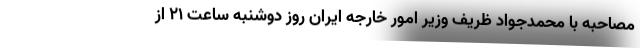
مصاحبه با محمدجواد ظریف وزیر امور خارجه ایران روز دوشنبه ساعت ۲۱ از